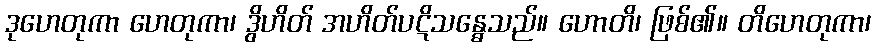
ဒုဟေတုကာ ဟေတုကာ၊ ဒွိဟိတ် အဟိတ်ပဋိသန္ဓေသည်။ ဟောတိ၊ ဖြစ်၏။ တိဟေတုကာ၊